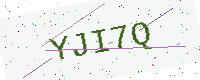
Text: YJI7Q